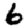
Digit: 6